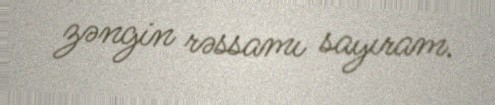
zəngin rəssamı sayıram.